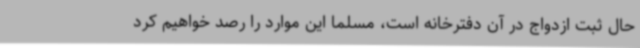
حال ثبت ازدواج در آن دفترخانه است، مسلما این موارد را رصد خواهیم کرد